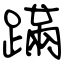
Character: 蹣